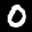
Label: 0